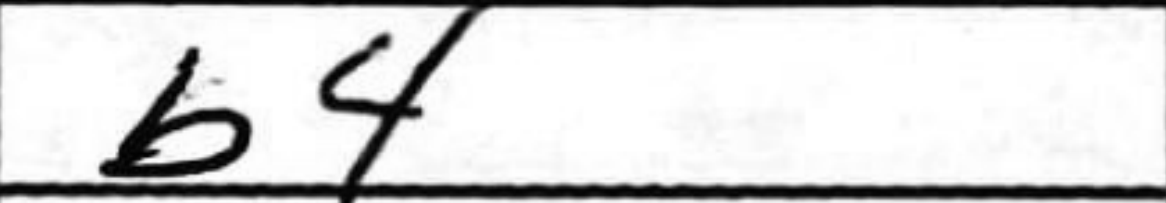
Transcription: b4